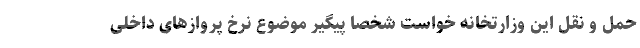
حمل و نقل این وزارتخانه خواست شخصا پیگیر موضوع نرخ پروازهای داخلی